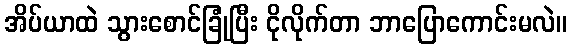
အိပ်ယာထဲ သွားစောင်ခြုံပြီး ငိုလိုက်တာ ဘာပြောကောင်းမလဲ။